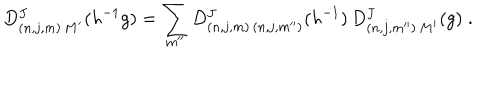
LaTeX: D _ { ( n , j , m ) \, M ^ { \prime } } ^ { J } ( h ^ { - 1 } g ) = \sum _ { m ^ { \prime \prime } } D _ { ( n , j , m ) \, ( n , j , m ^ { \prime \prime } ) } ^ { J } ( h ^ { - 1 } ) \, D _ { ( n , j , m ^ { \prime \prime } ) \, M ^ { \prime } } ^ { J } ( g ) \; .